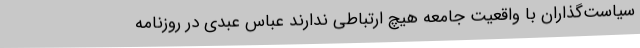
سیاست‌گذاران با واقعیت جامعه هیچ ارتباطی ندارند عباس عبدی در روزنامه